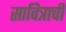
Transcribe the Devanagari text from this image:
सावित्राची